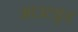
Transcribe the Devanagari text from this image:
आउटवुड